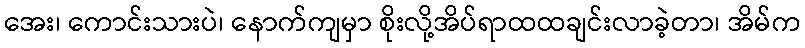
အေး၊ ကောင်းသားပဲ၊ နောက်ကျမှာ စိုးလို့အိပ်ရာထထချင်းလာခဲ့တာ၊ အိမ်က